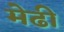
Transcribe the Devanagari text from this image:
मेढी